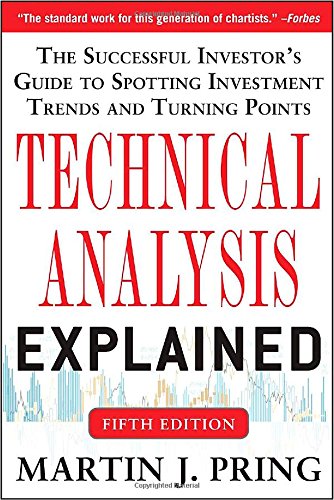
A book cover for Technical Analysis Explained, Fifth Edition: The Successful Investor's Guide to Spotting Investment Trends and Turning Points; Martin J. Pring; Business & Money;